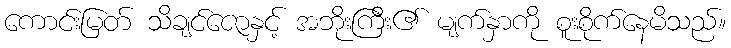
ကောင်းမြတ် သိချင်ဇောနှင့် အဘိုးကြီး၏ မျက်နှာကို စူးစိုက်နေမိသည်။